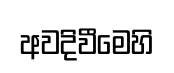
අවදිවීමෙහි